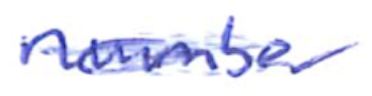
Text: number
Cross-out: mix
Writing tool: ballpoint